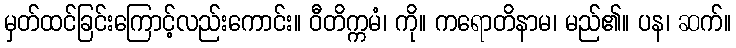
မှတ်ထင်ခြင်းကြောင့်လည်းကောင်း။ ဝီတိက္ကမံ၊ ကို။ ကရောတိနာမ၊ မည်၏။ ပန၊ ဆက်။